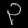
Digit: ၃